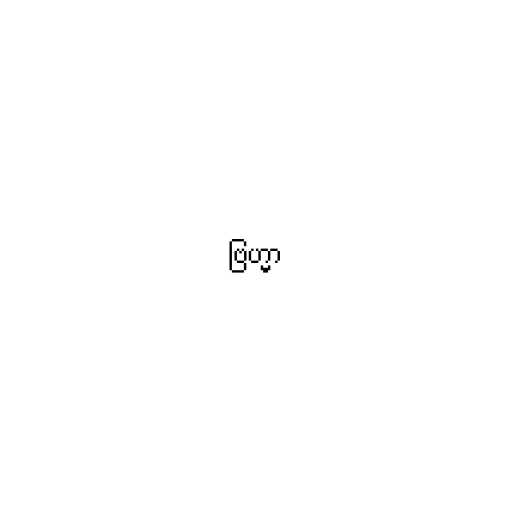
ဗြဟ္မာ